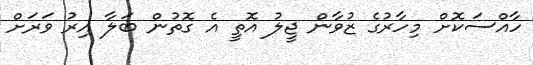
ހާއްސަކޮށް މިހާރުގެ ޒުވާން ޖީލު އޮތީ އެ ގޮތުން ބަލާ އިރު ވަރަށް